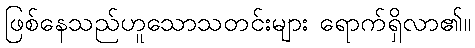
ဖြစ်နေသည်ဟူသောသတင်းများ ရောက်ရှိလာ၏။